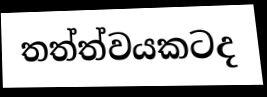
තත්ත්වයකටද